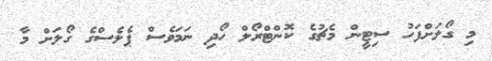
މި ގޯލަށްފަހު ސިޓީން މެޗުގެ ކޮންޓްރޯލް ހޯދި ނަމަވެސް ޕެލެސްގެ ގޯލަށް މާ